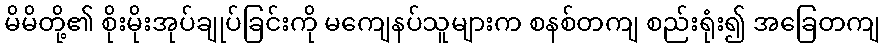
မိမိတို့၏ စိုးမိုးအုပ်ချုပ်ခြင်းကို မကျေနပ်သူများက စနစ်တကျ စည်းရုံး၍ အခြေတကျ